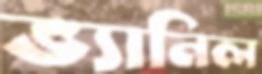
ভ্যানিল